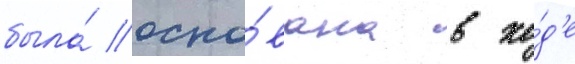
была́ осно́вана в хо́д'е